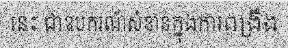
នេះ ជាឧបករណ៍សំខាន់ក្នុងការពង្រឹង